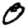
Digit: 0